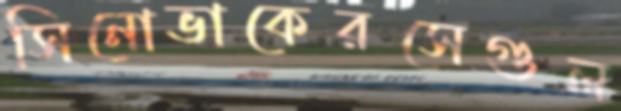
সিনোভাকেরসেগুল